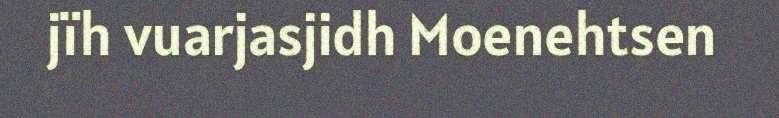
jïh vuarjasjidh Moenehtsen